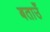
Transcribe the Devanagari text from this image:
बताउँ